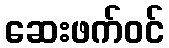
ဆေးဖက်ဝင်